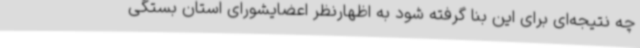
چه نتیجه‌ای برای این بنا گرفته شود به اظهارنظر اعضایشورای استان بستگی